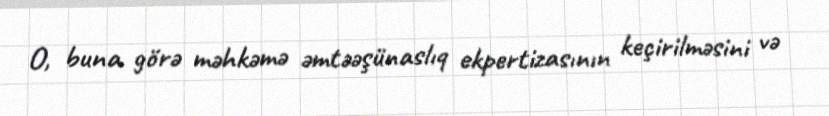
O, buna görə məhkəmə əmtəəşünaslıq ekpertizasının keçirilməsini və